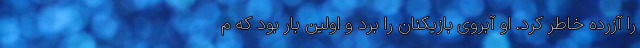
را آزرده‌ خاطر کرد. او آبروی بازیکنان را برد و اولین بار بود که م